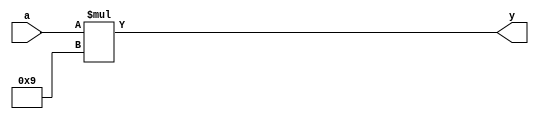
module mult8 (input [2:0] a , output [5:0] y);
	assign y = a * 9;
endmodule